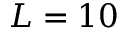
L = 1 0